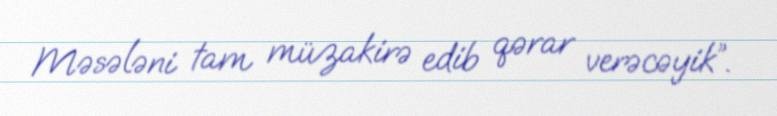
Məsələni tam müzakirə edib qərar verəcəyik”.